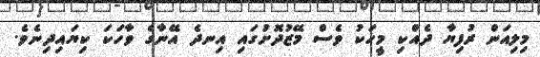
މިލިއަން ރުފިޔާ ދެއްކި މީހަކު ވެސް މޭޒުދޮށުގައި އިނދެ އޭނާގެ ވާހަކަ ކިޔައިދިނެވެ.